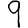
Digit: 9